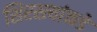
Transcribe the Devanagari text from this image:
शिरस्त्यांकडे